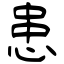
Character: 患